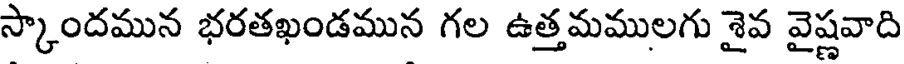
స్కాందమున భరతఖండమున గల ఉత్తమములగు శైవ వైష్ణవాది